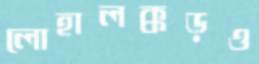
লোহালক্কড়ও